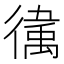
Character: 𫹥